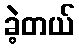
ခဲ့တယ်